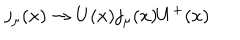
LaTeX: j _ { \mu } ( x ) \rightarrow U ( x ) j _ { \mu } ( x ) U ^ { + } ( x )